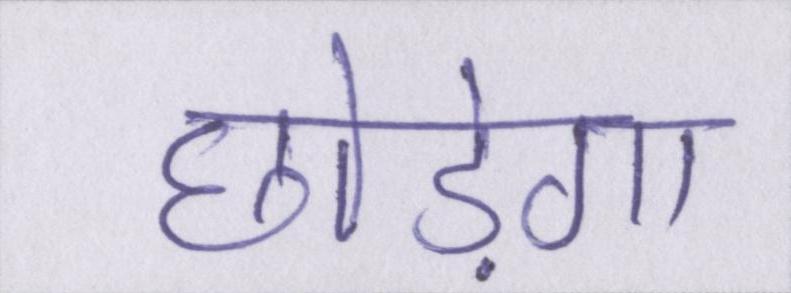
छोड़ेगा